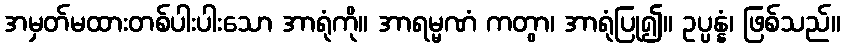
အမှတ်မထားတစ်ပါးပါးသော အာရုံကို။ အာရမ္မဏံ ကတွာ၊ အာရုံပြု၍။ ဥပ္ပန္နံ၊ ဖြစ်သည်။